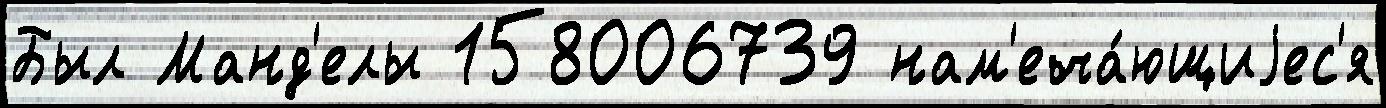
Был Манд'елы 158006739 нам'еча́ющиjес'я